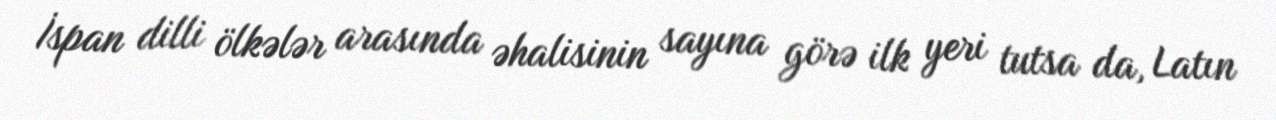
İspan dilli ölkələr arasında əhalisinin sayına görə ilk yeri tutsa da, Latın